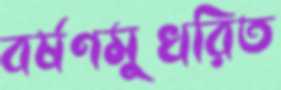
বর্ষণমুখরিত